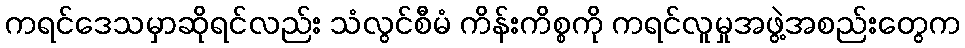
ကရင်ဒေသမှာဆိုရင်လည်း သံလွင်စီမံ ကိန်းကိစ္စကို ကရင်လူမှုအဖွဲ့အစည်းတွေက